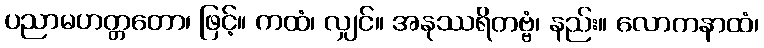
ပညာမဟတ္တတော၊ ဖြင့်။ ကထံ၊ လျှင်။ အနုဿရိတဗ္ဗံ၊ နည်း။ လောကနာထံ၊